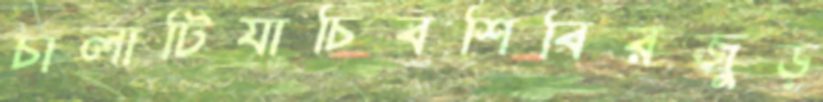
চালাটিযাচিবশিবিরজুড়